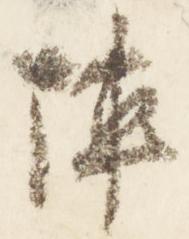
陣